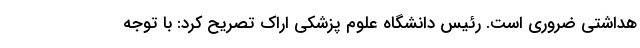
هداشتی ضروری است. رئیس دانشگاه علوم پزشکی اراک تصریح کرد: با توجه